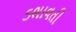
ડભાવતી